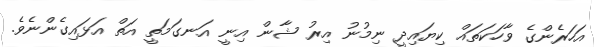
އަހަރެންގެ ވާހަކަތައް ކިޔައިދީ ނިމުނު އިރު ޝާން އިނީ އަނގަމަތީ އަތް އަޅައިގެންނެވެ.